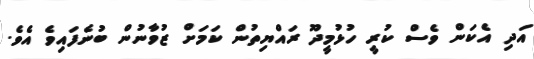
އަދި އެކަން ވެސް ކުރީ ހުޅުމީދޫ ރައްޔިތުން ކަމަށް ޒުވާނުން ބުނެފައިވެ އެވެ.